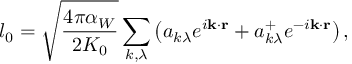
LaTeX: l _ { 0 } = \sqrt { \frac { 4 \pi \alpha _ { W } } { 2 K _ { 0 } } } \sum _ { k , \lambda } \left( a _ { k \lambda } e ^ { i { \bf k \cdot r } } + a _ { k \lambda } ^ { + } e ^ { - i { \bf k \cdot r } } \right) ,